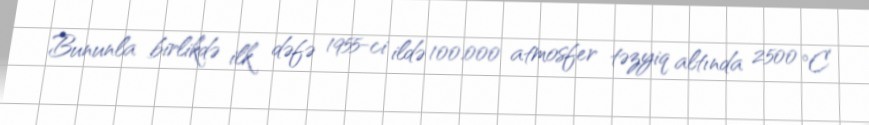
Bununla birlikdə ilk dəfə 1955-ci ildə 100.000 atmosfer təzyiq altında 2500 °C